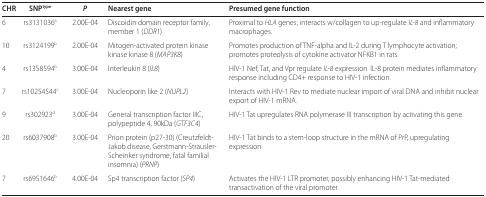
<table><thead><tr><td><b>CHR</b></td><td><b>SNP<sup>type</sup></b></td><td><b><i>P</i></b></td><td><b>Nearest gene</b></td><td><b>Presumed gene function‡</b></td></tr></thead><tbody><tr><td>6</td><td>rs3131036<sup>a</sup></td><td>2.00E-04</td><td>Discoidin domain receptor family, member 1 (<i>DDR1</i>)</td><td>Proximal to <i>HLA </i>genes; interacts w/collagen to up-regulate <i>IL-8 </i>and inflammatory macrophages.</td></tr><tr><td>10</td><td>rs3124199<sup>b</sup></td><td>2.00E-04</td><td>Mitogen-activated protein kinase kinase kinase 8 (<i>MAP3K8</i>)</td><td>Promotes production of TNF-alpha and IL-2 during T lymphocyte activation; promotes proteolysis of cytokine activator NFKB1 in rats.</td></tr><tr><td>4</td><td>rs1358594<sup>b</sup></td><td>3.00E-04</td><td>Interleukin 8 (<i>IL8</i>)</td><td>HIV-1 Nef, Tat, and Vpr regulate <i>IL-8 </i>expression. IL-8 protein mediates inflammatory response including CD4+ response to HIV-1 infection.</td></tr><tr><td>7</td><td>rs10254544<sup>c</sup></td><td>3.00E-04</td><td>Nucleoporin like 2 (<i>NUPL2</i>)</td><td>Interacts with HIV-1 Rev to mediate nuclear import of viral DNA and inhibit nuclear export of HIV-1 mRNA.</td></tr><tr><td>9</td><td>rs302923<sup>d</sup></td><td>3.00E-04</td><td>General transcription factor IIIC, polypeptide 4, 90kDa (<i>GTF3C4</i>)</td><td>HIV-1 Tat upregulates RNA polymerase III transcription by activating this gene.</td></tr><tr><td>20</td><td>rs6037908<sup>b</sup></td><td>3.00E-04</td><td>Prion protein (p27-30) (Creutzfeldt-Jakob disease, Gerstmann-Strausler-Scheinker syndrome, fatal familial insomnia) (<i>PRNP</i>)</td><td>HIV-1 Tat binds to a stem-loop structure in the mRNA of PrP, upregulating expression.</td></tr><tr><td>7</td><td>rs6951646<sup>b</sup></td><td>4.00E-04</td><td>Sp4 transcription factor (<i>SP4</i>)</td><td>Activates the HIV-1 LTR promoter, possibly enhancing HIV-1 Tat-mediated transactivation of the viral promoter.</td></tr></tbody></table>